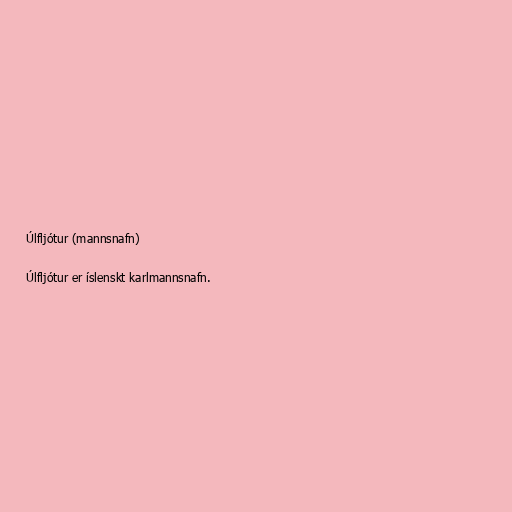
Úlfljótur (mannsnafn)

Úlfljótur er íslenskt karlmannsnafn.